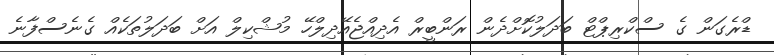
ޑްރެގަން ގެ ސްކްރިޕްޓް ބަދަލުކޮށްދެން ރަންބީރް އެދިއްޖެއޭދިލްހޭ މުޝްކިލް އަށް ބަދަލުތަކެއް ގެނެސްފާނެ